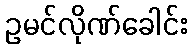
ဥမင်လိုဏ်ခေါင်း